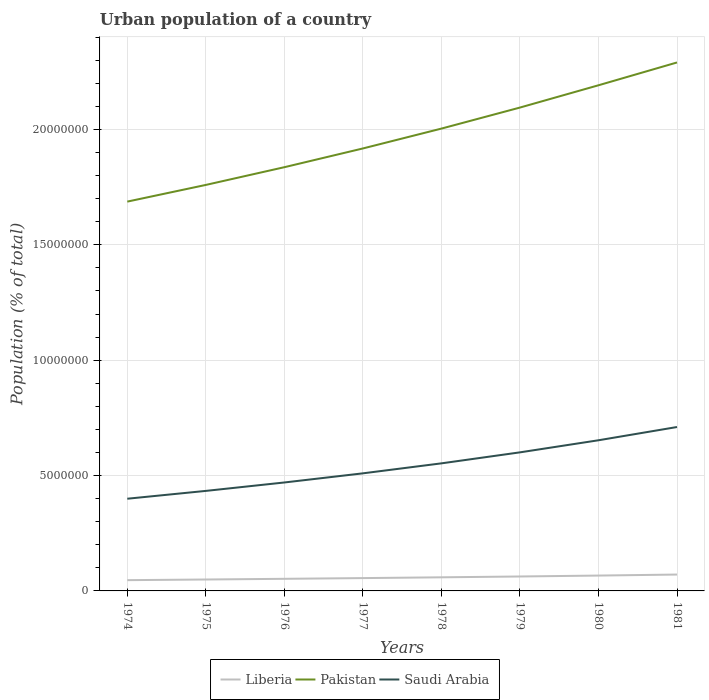
| Years | Liberia | Pakistan | Saudi Arabia |
 | --- | --- | --- | --- |
 | 1974 | 4.66e+05 | 1.69e+07 | 4e+06 |
 | 1975 | 4.95e+05 | 1.76e+07 | 4.33e+06 |
 | 1976 | 5.25e+05 | 1.84e+07 | 4.7e+06 |
 | 1977 | 5.56e+05 | 1.92e+07 | 5.1e+06 |
 | 1978 | 5.9e+05 | 2e+07 | 5.53e+06 |
 | 1979 | 6.26e+05 | 2.09e+07 | 6e+06 |
 | 1980 | 6.66e+05 | 2.19e+07 | 6.53e+06 |
 | 1981 | 7.09e+05 | 2.29e+07 | 7.1e+06 |